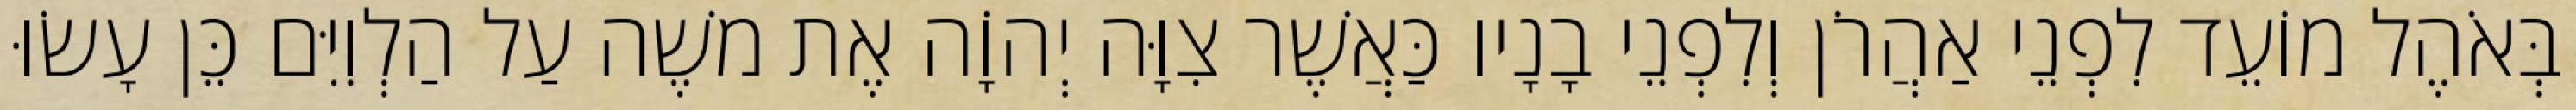
בְּאֹהֶל מוֹעֵד לִפְנֵי אַהֲרֹן וְלִפְנֵי בָנָיו כַּאֲשֶׁר צִוָּה יְהוָֹה אֶת משֶׁה עַל הַלְוִיִּם כֵּן עָשׂוּ